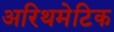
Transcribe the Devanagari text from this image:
अरिथमेटिक